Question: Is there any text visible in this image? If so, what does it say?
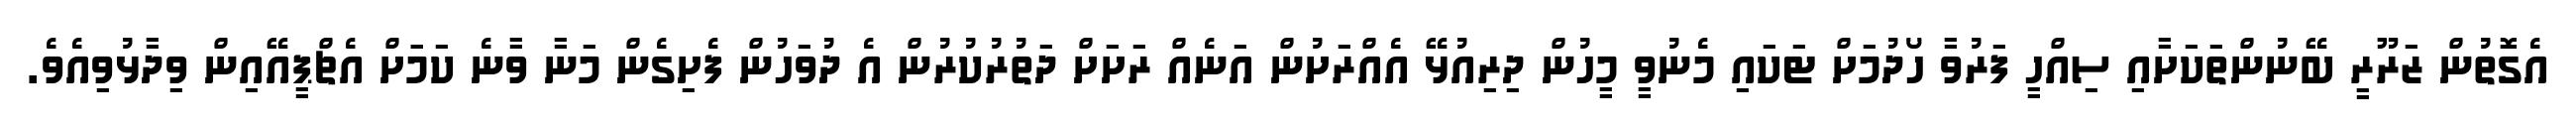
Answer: އެގޮތުން ޒަރޫރީ ބޭނުންތަކަށާއި ސިއްހީ ފަރުވާ ހޯދުމަށް ޓަކައި މެނުވީ މީހުން ދިރިއުޅޭ އެއްރަށުން އަނެއް ރަށަށް ދަތުރުކުރުން އެ ދުވަހުން ފެށިގެން މަނާ ވާނެ ކަމަަށް އެޗްޕީއޭއިން ވިދާޅުވިއެވެ.